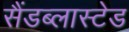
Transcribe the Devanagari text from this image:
सैंडब्लास्टेड